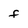
Character: f